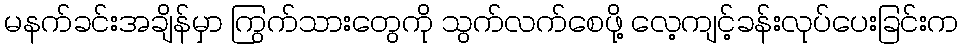
မနက်ခင်းအချိန်မှာ ကြွက်သားတွေကို သွက်လက်စေဖို့ လေ့ကျင့်ခန်းလုပ်ပေးခြင်းက